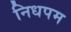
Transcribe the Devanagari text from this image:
निधपम